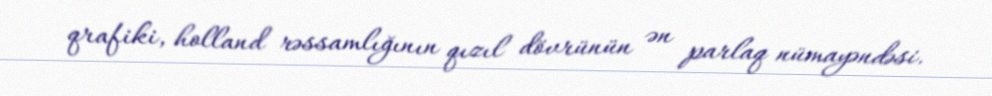
qrafiki, holland rəssamlığının qızıl dövrünün ən parlaq nümayəndəsi.